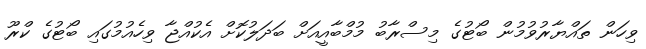
ވިހަން ތައްޔާރުވުމުން ބޯޓުގެ މިސްރާބު މުމްބާއީއަށް ބަދަލުކޮށް އެކުއްޖާ ވިހެއުމުގައި ބޯޓުގެ ކްރޫ